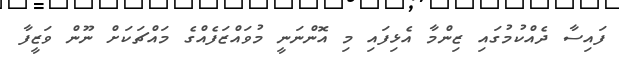
ފައިސާ ދެއްކުމުގައި ޒިންމާ އެޅިފައި މި އޮންނަނީ މުވައްޒަަފެއްގެ މައްޗަކަށް ނޫން ވަޒީފާ